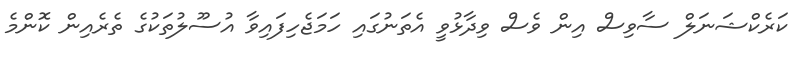
ކަރެކްޝަނަލް ސާވިސް އިން ވެސް ވިދާޅުވީ އެތަނުގައި ހަމަޖެހިފައިވާ އުސޫލުތަކުގެ ތެރެއިން ކޮންމެ